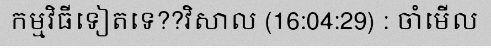
កម្មវិធីទៀតទេ??វិសាល (16:04:29) : ចាំមើល